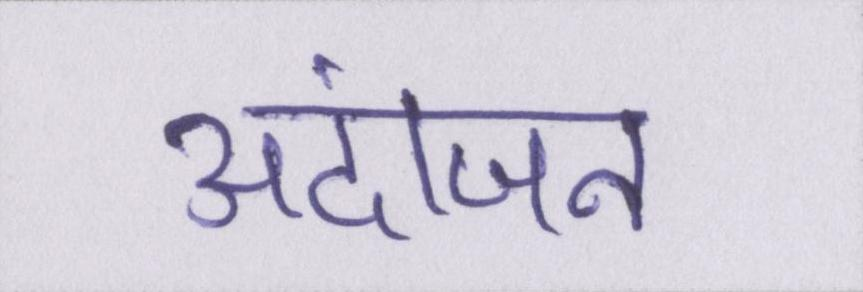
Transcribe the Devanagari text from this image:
अंदाजन